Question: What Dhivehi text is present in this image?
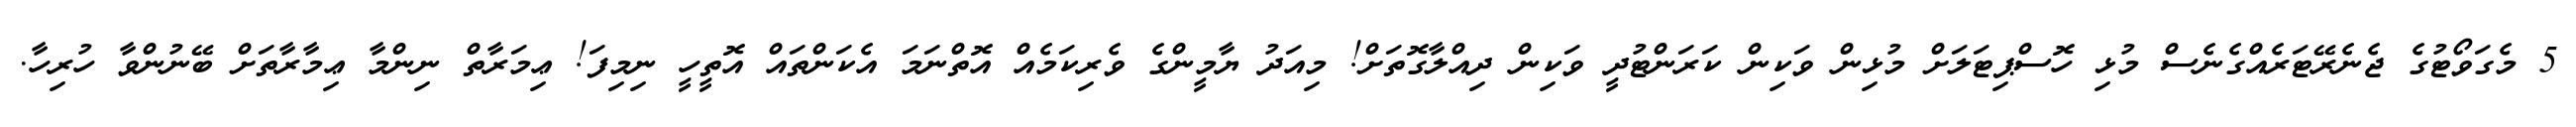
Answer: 5 މެގަވޯޓުގެ ޖެނެރޭޓަރެއްގެނެސް މުޅި ހޮސްޕިޓަލަށް މުޅިން ވަކިން ކަރަންޓުދީ ވަކިން ދިއްލާގޮތަށް! މިއަދު ޔާމީންގެ ވެރިކަމެއް އޮތްނަމަ އެކަންތައް އޮތީހީ ނިމިފަ! ޢިމަރާތް ނިންމާ ޢިމާރާތަށް ބޭނުންވާ ހުރިހާ.